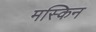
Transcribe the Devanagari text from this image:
मस्किन